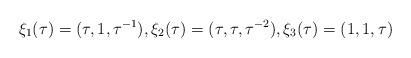
LaTeX: \begin{align*} \xi_1(\tau) = (\tau,1,\tau^{-1}), \xi_2(\tau) = (\tau,\tau,\tau^{-2}), \xi_3(\tau) = (1,1, \tau) \end{align*}